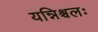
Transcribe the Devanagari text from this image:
यन्निश्चलः